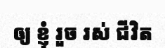
ឲ្យ ខ្ញុំ រួច រស់ ជីវិត